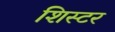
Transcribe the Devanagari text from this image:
शिस्टर